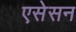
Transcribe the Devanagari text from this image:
एसेसन